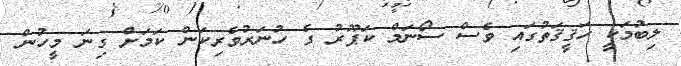
ލިބުމަކީ ހަޤީޤަތުގައި ވެސް ސޯނަމް ކަޕޫރު ގެ ހުނަރުވެރިކަން ކަމަށް ގިނަ މީހުން